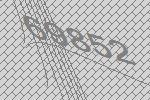
69852